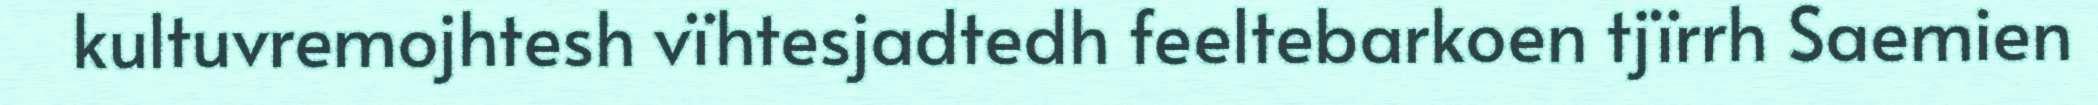
kultuvremojhtesh vïhtesjadtedh feeltebarkoen tjïrrh Saemien